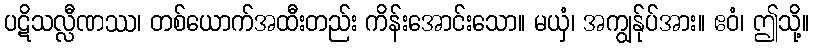
ပဋိသလ္လီဏဿ၊ တစ်ယောက်အထီးတည်း ကိန်းအောင်းသော။ မယှံ၊ အကျွန်ုပ်အား။ ဧဝံ၊ ဤသို့။